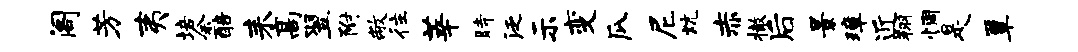
阁芳夷培余醅耒高翌附敝往莘时泛示变瓜尼炕赤撤后景璋近翔惆是簟